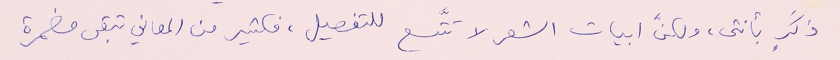
ذكَرٍ بأنثى، ولكنَّ ابيات الشعر لا تتَّسع للتفصيل، فكثير من المعاني تبقى مضمرة